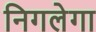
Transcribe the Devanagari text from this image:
निगलेगा